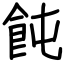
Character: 飩